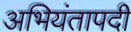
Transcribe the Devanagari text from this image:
अभियंतापदी